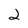
Character: 2